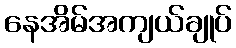
နေအိမ်အကျယ်ချုပ်